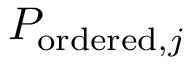
P _ { \mathrm { o r d e r e d } , j }